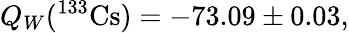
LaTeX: Q_{W}(^{133}\mathrm{Cs})=-73.09\pm 0.03,